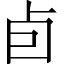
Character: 卣